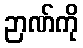
ဉာဏ်ကို